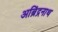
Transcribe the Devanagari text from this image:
अब्रिंद्रनाथ